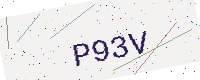
Text: P93V